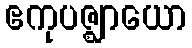
ဧကုပဇ္ဈာယော